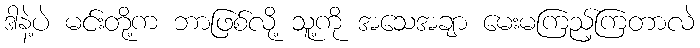
ဒါနဲ့ပဲ မင်းတို့က ဘာဖြစ်လို့ သူ့ကို အသေအချာ မေးမကြည့်ကြတာလဲ